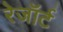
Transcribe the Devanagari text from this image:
रेजॉर्ट